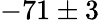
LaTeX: -71\pm 3